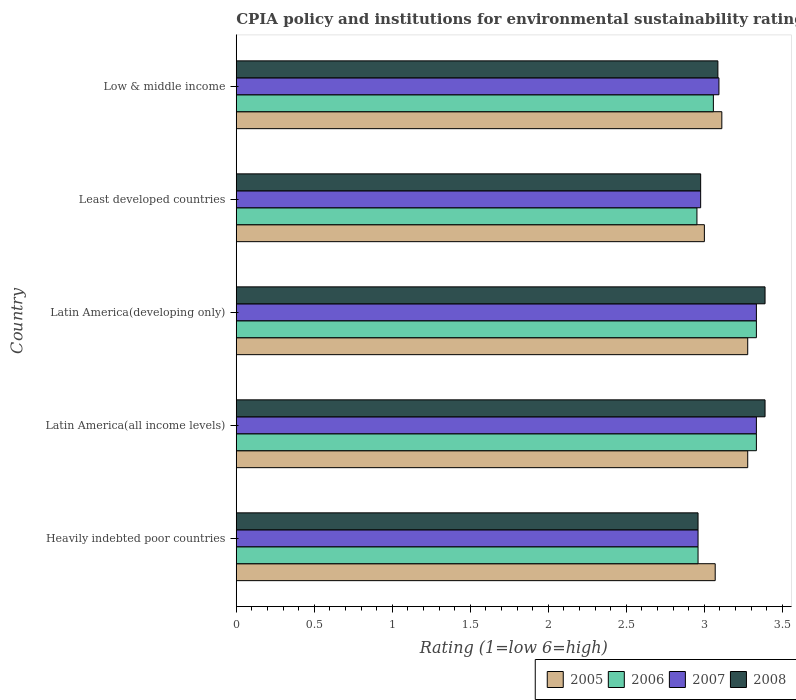
| Country | 2005 | 2006 | 2007 | 2008 |
 | --- | --- | --- | --- | --- |
 | Heavily indebted poor countries | 3.07 | 2.96 | 2.96 | 2.96 |
 | Latin America(all income levels) | 3.28 | 3.33 | 3.33 | 3.39 |
 | Latin America(developing only) | 3.28 | 3.33 | 3.33 | 3.39 |
 | Least developed countries | 3 | 2.95 | 2.98 | 2.98 |
 | Low & middle income | 3.11 | 3.06 | 3.09 | 3.09 |